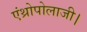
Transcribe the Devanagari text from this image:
एंथ्रोपोलाजी।